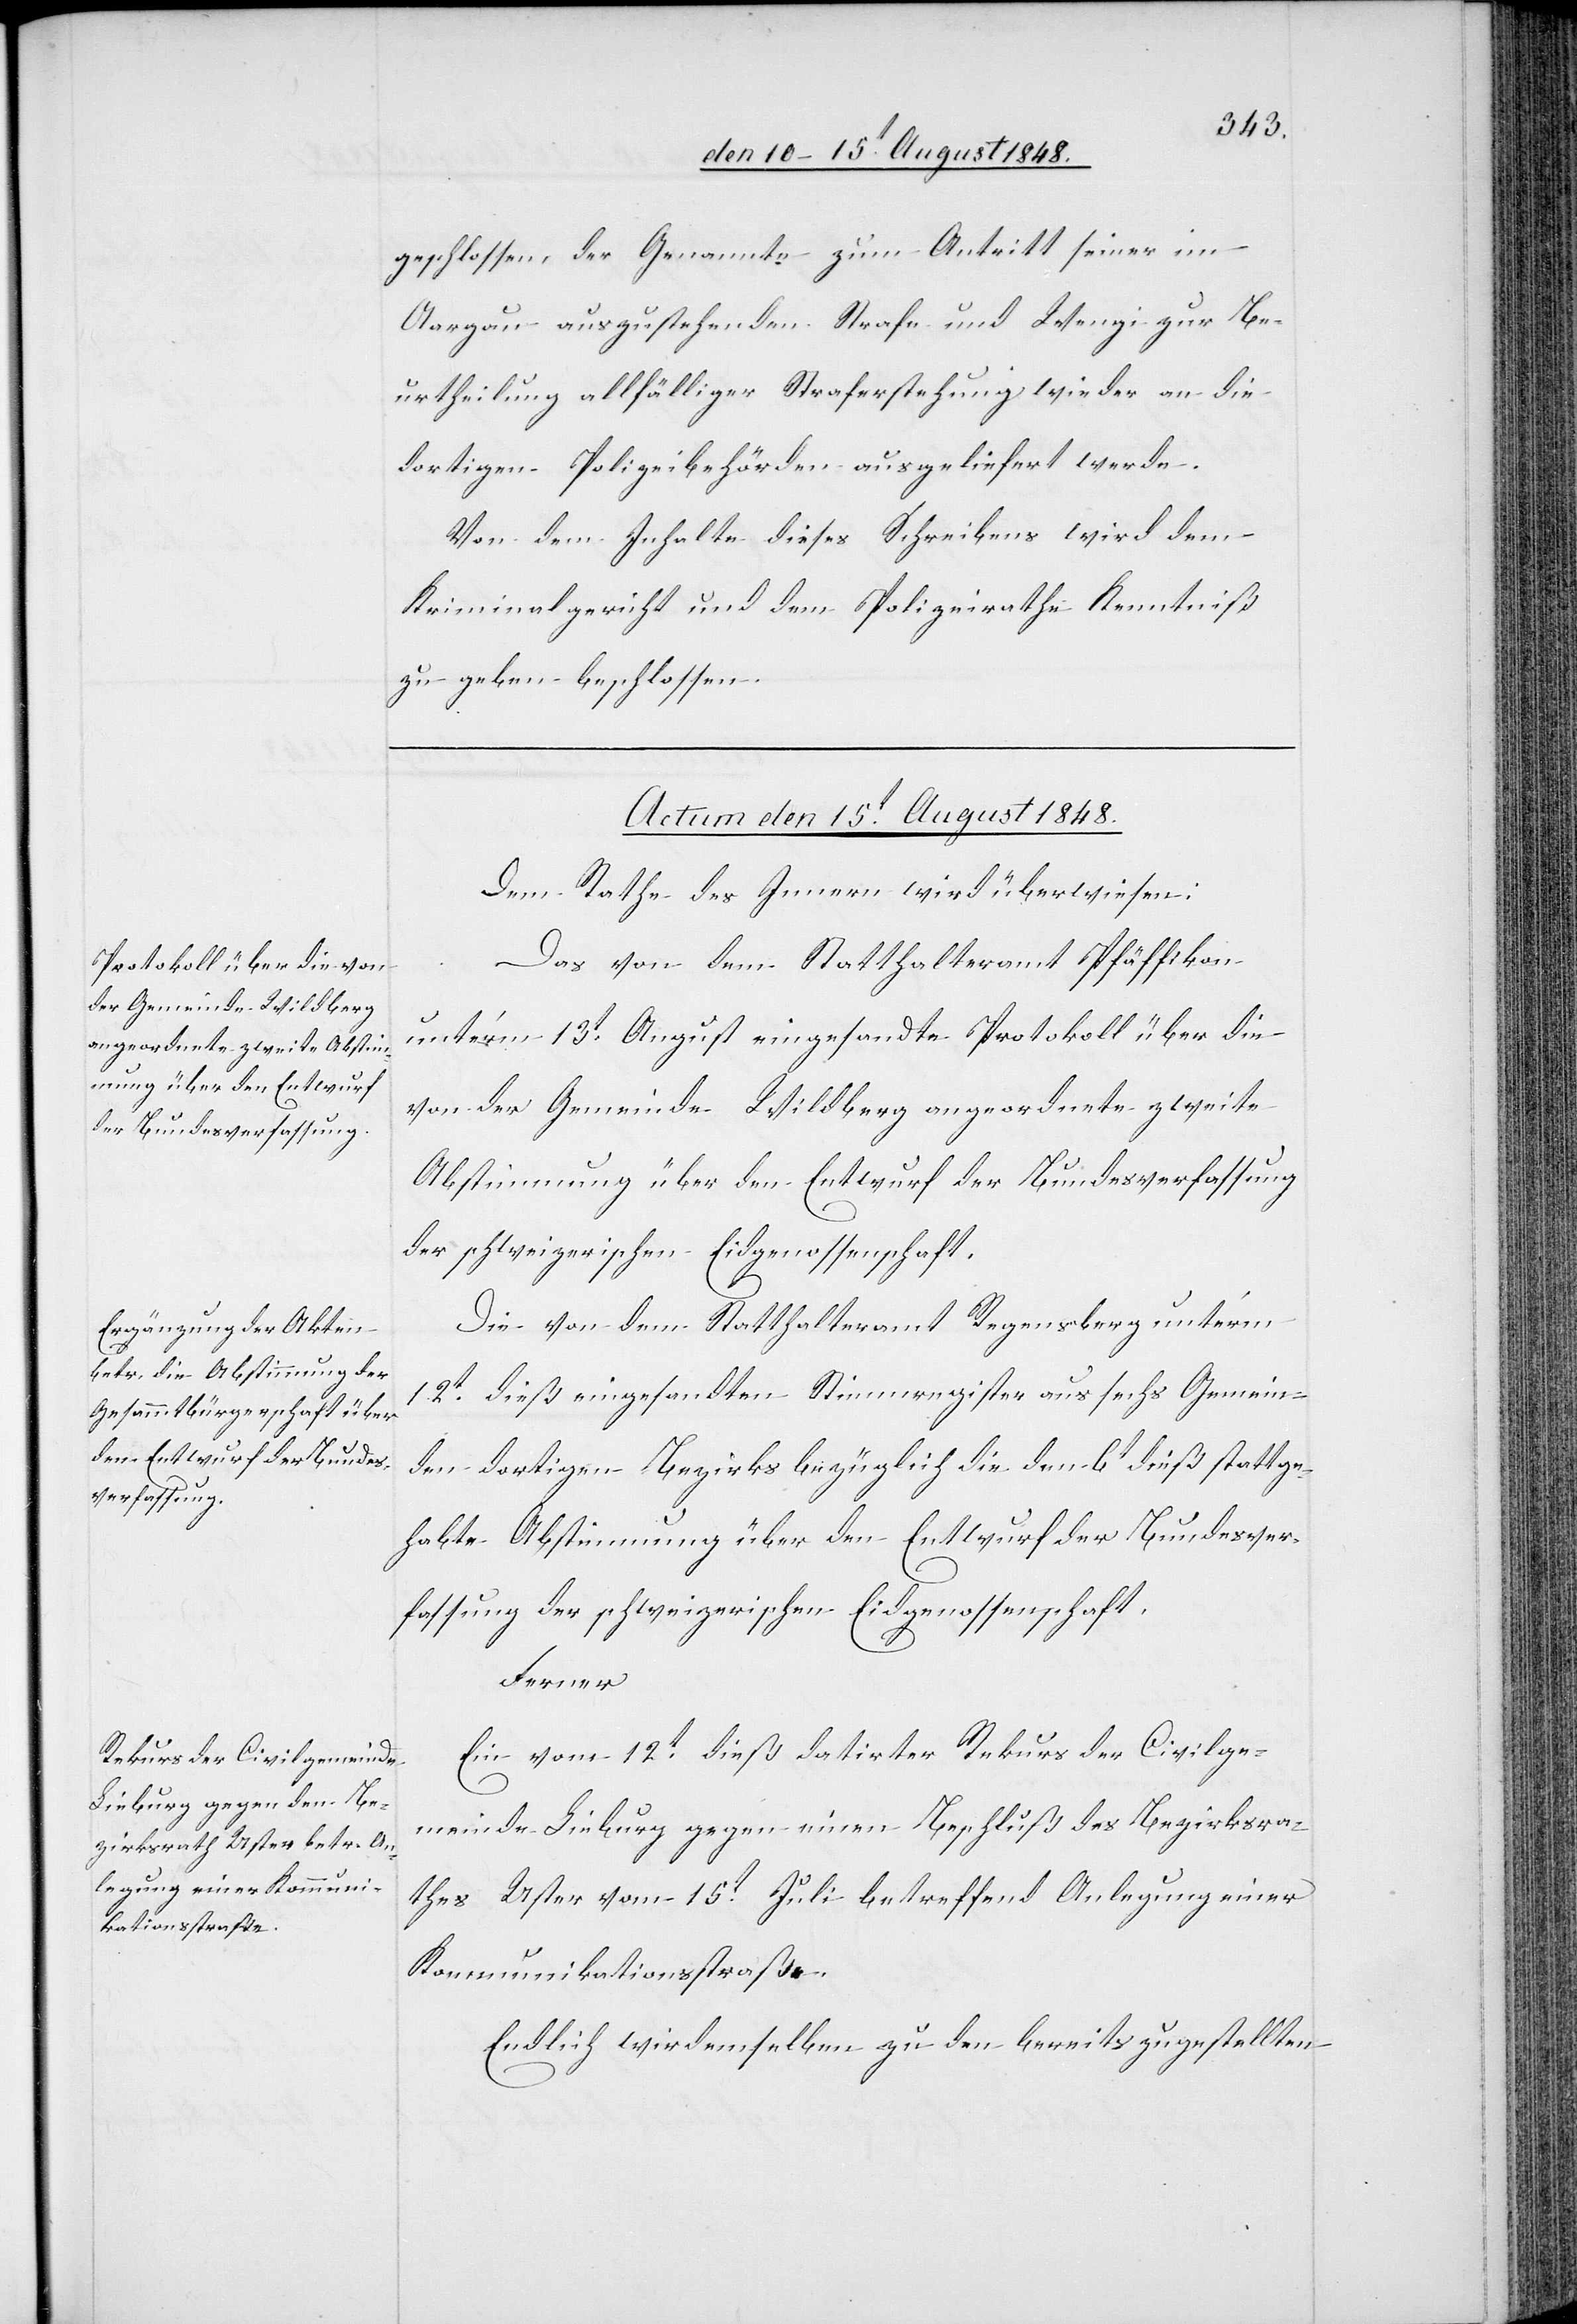
geschlossen, der Genannte zum Antritt seiner im
Aargau auszustehenden Strafe und Wengi zur Be¬
urtheilung allfälliger Straferstehung wieder an die
dortigen Polizeibehörden ausgeliefert werde.
Von dem Inhalte dieses Schreibens wird dem
Kriminalgericht und dem Polizeirathe Kenntniß
zu geben beschlossen.
Actum den 15t August 1848.]
Dem Rathe des Innern wird überwiesen:
Das von dem Statthalteramt Pfäffikon
unter’m 13t August eingesandte Protokoll über die
von der Gemeinde Wildberg angeordnete zweite
Abstimmung über den Entwurf der Bundesverfassung
der schweizerischen Eidgenossenschaft.
Die von dem Statthalteramt Regensberg unter’m
12t dieß eingesandten Stimmregister aus sechs Gemein¬
den dortigen Bezirks bezüglich die den 6t dieß stattge¬
habte Abstimmung über den Entwurf der Bundesver¬
fassung der schweizerischen Eidgenossenschaft.
Ferner
Ein vom 12t dieß datirter Rekurs der Civilge¬
meinde Lieburg gegen einen Beschluß des Bezirksra¬
thes Uster vom 15t Juli betreffend Anlegung einer
Kommunikationsstraße.
Endlich wir[d] demselben zu den bereits zugestellten